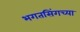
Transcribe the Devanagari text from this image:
भगतसिंगच्या